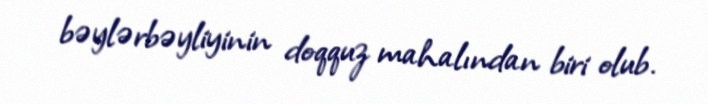
bəylərbəyliyinin doqquz mahalından biri olub.